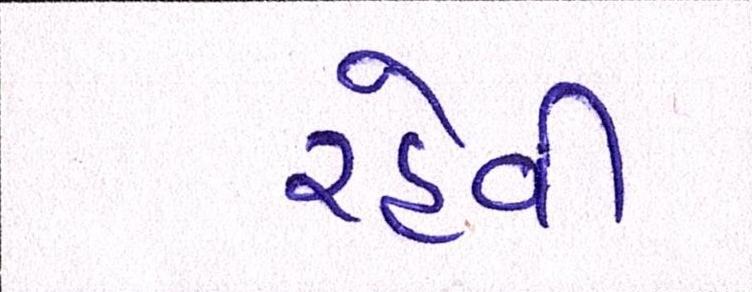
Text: રહેવી